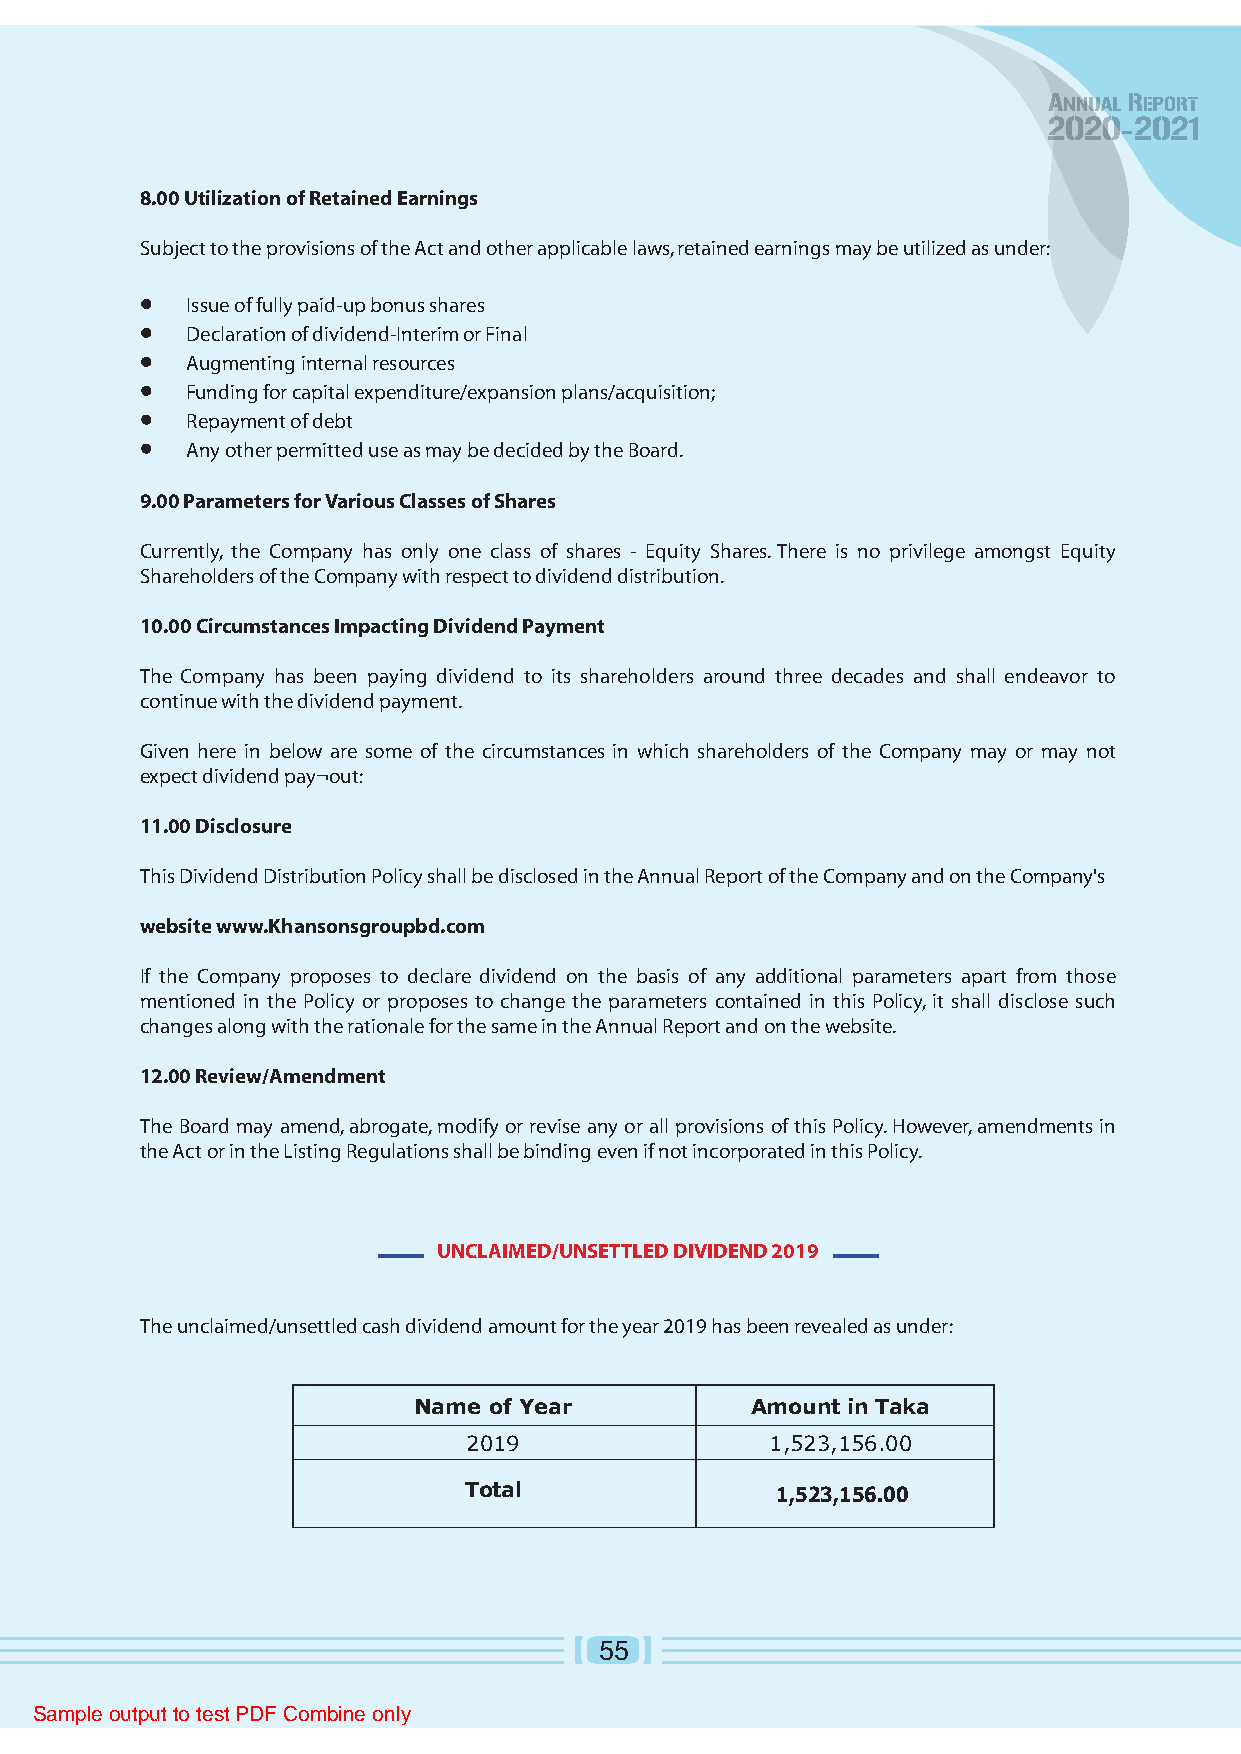
8.00 Utilization of Retained Earnings
 Subject to the provisions of the Act and other applicable laws, retained earnings may be utilized as under:
 Issue of fully paid-up bonus shares
 Declaration of dividend-Interim or Final
 Augmenting internal resources
 Funding for capital expenditure/expansion plans/acquisition;
 Repayment of debt
 Any other permitted use as may be decided by the Board.
 9.00 Parameters for Various Classes of Shares
 Currently, the Company has only one class of shares - Equity Shares. There is no privilege amongst Equity
 Shareholders of the Company with respect to dividend distribution.
 10.00 Circumstances Impacting Dividend Payment
 The Company has been paying dividend to its shareholders around three decades and shall endeavor to
 continue with the dividend payment.
 Given here in below are some of the circumstances in which shareholders of the Company may or may not
 expect dividend pay¬out:
 11.00 Disclosure
 This Dividend Distribution Policy shall be disclosed in the Annual Report of the Company and on the Company's
 website www.Khansonsgroupbd.com
 If the Company proposes to declare dividend on the basis of any additional parameters apart from those
 mentioned in the Policy or proposes to change the parameters contained in this Policy, it shall disclose such
 changes along with the rationale for the same in the Annual Report and on the website.
 12.00 Review/Amendment
 The Board may amend, abrogate, modify or revise any or all provisions of this Policy. However, amendments in
 the Act or in the Listing Regulations shall be binding even if not incorporated in this Policy.
 UNCLAIMED/UNSETTLED DIVIDEND 2019
 The unclaimed/unsettled cash dividend amount for the year 2019 has been revealed as under:
 Name of Year           Amount in Taka
 2019                1 ,523,156.00
 Total
 1,523,156.00
 55
 Sample output to test PDF Combine only